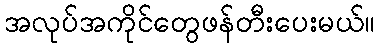
အလုပ်အကိုင်တွေဖန်တီးပေးမယ်။